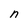
Character: n